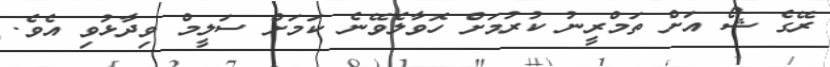
ރޭގެ ޝޯ އަށް ތަމްރީނު ކުރުމަށް ހޮވާލެވޭނެ ކަމަށް ސަލީމް ވިދާޅުވި އެވެ.